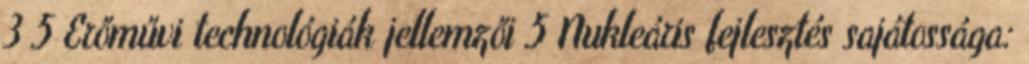
3 5 Erőművi technológiák jellemzői 5 Nukleáris fejlesztés sajátossága: